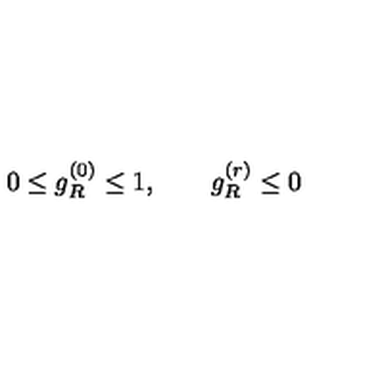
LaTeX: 0 \leq g _ { R } ^ { ( 0 ) } \leq 1 , \qquad g _ { R } ^ { ( r ) } \leq 0